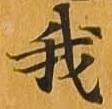
我